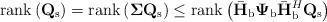
LaTeX: \begin{align*}{\rm rank}\left({\bf Q}_{\rm s}\right) = {\rm rank}\left(\boldsymbol\Sigma{\bf Q}_{\rm s}\right) \le {\rm rank}\left(\bar{\bf H}_{\rm b}{\boldsymbol\Psi}_{\rm b}\bar{\bf H}_{\rm b}^H{\bf Q}_{\rm s}\right)\end{align*}